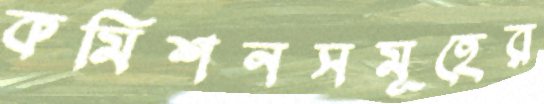
কমিশনসমূহের